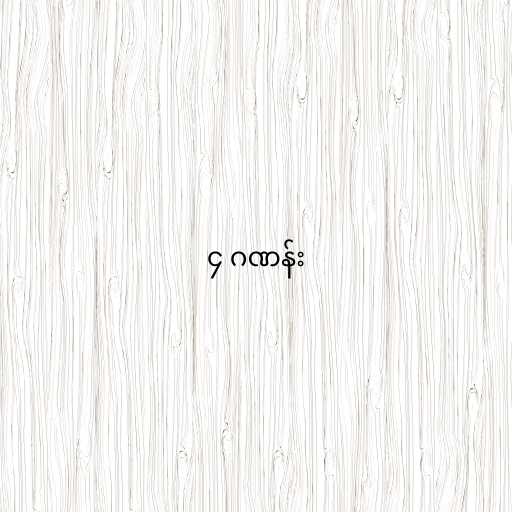
၄ ဂဏန်း